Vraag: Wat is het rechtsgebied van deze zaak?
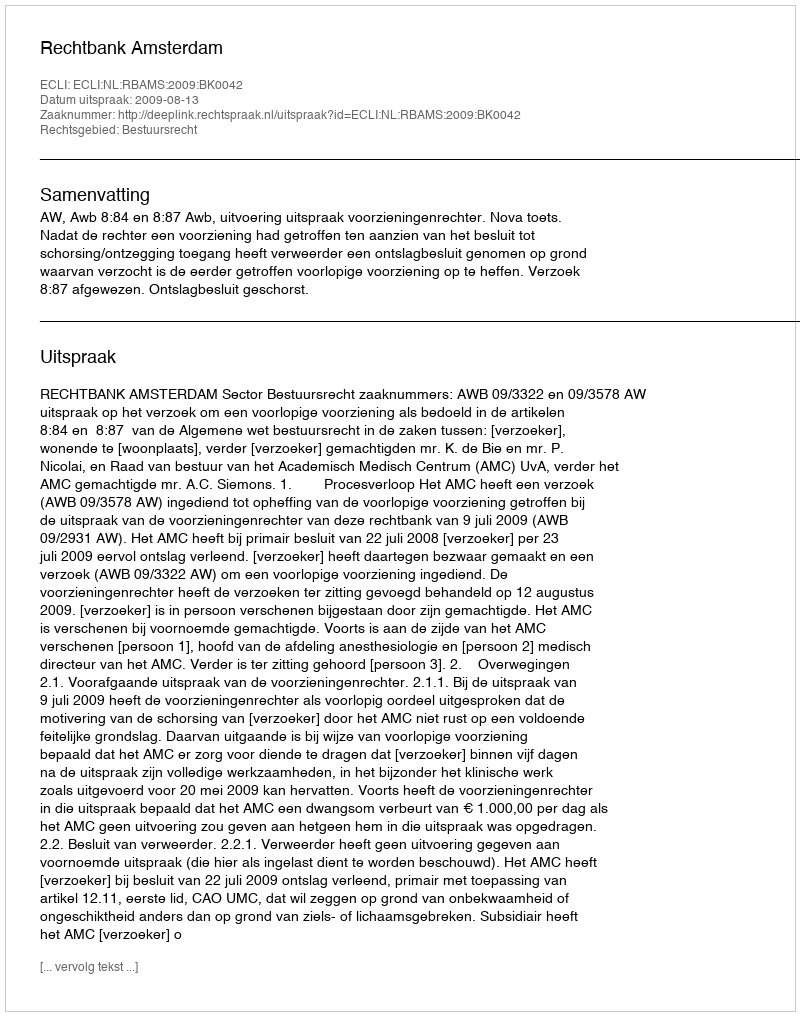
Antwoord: Bestuursrecht